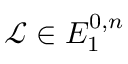
{ \mathcal { L } } \in E _ { 1 } ^ { 0 , n }